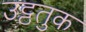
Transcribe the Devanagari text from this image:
उट्ठतुक